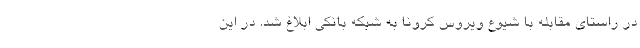
در راستای مقابله با شیوع ویروس کرونا به شبکه بانکی ابلاغ شد. در این